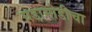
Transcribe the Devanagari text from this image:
घडामोडीचा